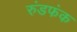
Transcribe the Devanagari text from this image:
रुंडफंक